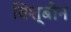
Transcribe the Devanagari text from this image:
विश्बोन